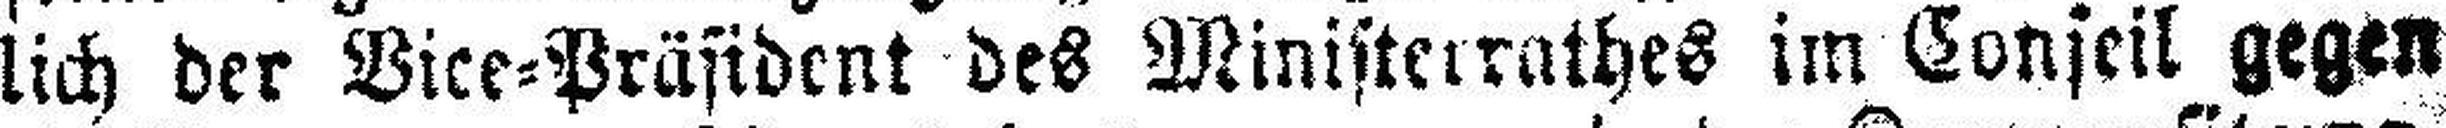
lich der Vice=Präsident des Ministerrathes im Conseil gegen